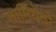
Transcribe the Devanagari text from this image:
सार्मियेंतो